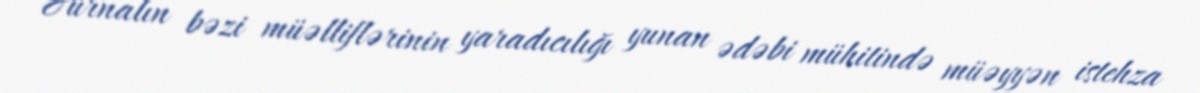
Jurnalın bəzi müəlliflərinin yaradıcılığı yunan ədəbi mühitində müəyyən istehza